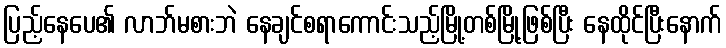
ပြည့်နေပေ၏ လာဘ်မစားဘဲ နေချင်စရာကောင်းသည့်မြို့တစ်မြို့ဖြစ်ပြီး နေထိုင်ပြီးနောက်